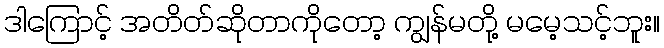
ဒါကြောင့် အတိတ်ဆိုတာကိုတော့ ကျွန်မတို့ မမေ့သင့်ဘူး။